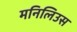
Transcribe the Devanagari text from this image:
मनिलिउस